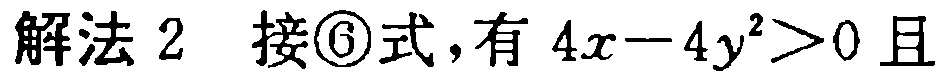
解法 2 接\textcircled{6}式，有 \(4x - 4y^{2} > 0\) 且